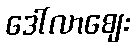
ဒေါ်လာဈေး